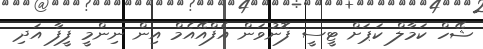
ޝޭހް ކަމާލް ކަޕަށް ޓީސީ ފޮނުވަން އެފްއޭއެމް އިން ނިންމީ ފީފާ އަދި